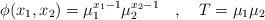
\begin{align*}\phi(x_{1},x_{2})=\mu_{1}^{x_{1}-1} \mu_{2}^{x_{2}-1}\quad ,\quad T=\mu_{1} \mu_{2}\end{align*}